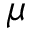
\mu